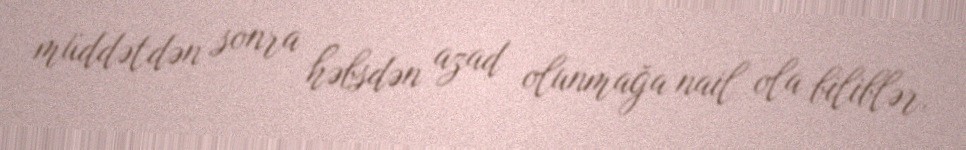
müddətdən sonra həbsdən azad olunmağa nail ola biliblər.